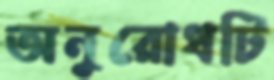
অনুরোধটি